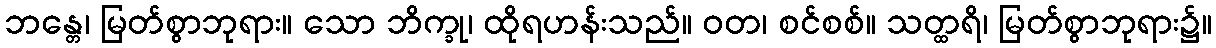
ဘန္တေ၊ မြတ်စွာဘုရား။ သော ဘိက္ခု၊ ထိုရဟန်းသည်။ ဝတ၊ စင်စစ်။ သတ္ထရိ၊ မြတ်စွာဘုရား၌။